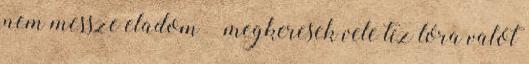
nem messze eladom – megkeresek vele tíz lóra valót